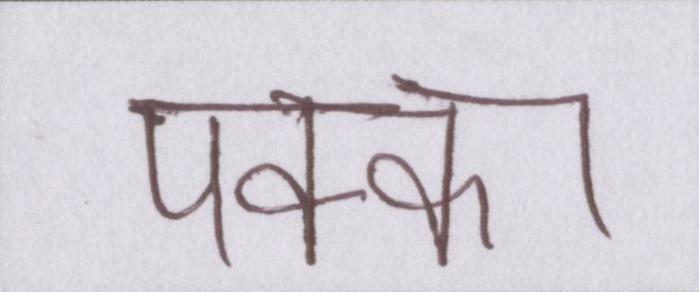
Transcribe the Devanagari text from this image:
पक्का